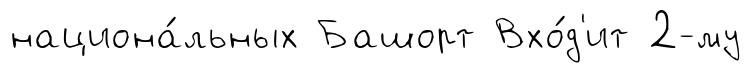
национа́льных Башорт Вхо́д'ит 2-му